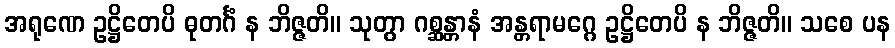
အရုဏေ ဥဋ္ဌိတေပိ ဓုတင်္ဂံ န ဘိဇ္ဇတိ။ သုတွာ ဂစ္ဆန္တာနံ အန္တရာမဂ္ဂေ ဥဋ္ဌိတေပိ န ဘိဇ္ဇတိ။ သစေ ပန